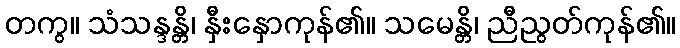
တကွ။ သံသန္ဒန္တိ၊ နှီးနှောကုန်၏။ သမေန္တိ၊ ညီညွတ်ကုန်၏။